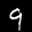
Label: 9